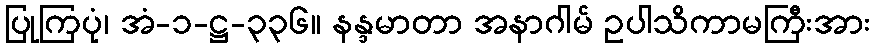
ပြုကြပုံ၊ အံ-၁-ဋ္ဌ-၃၃၆။ နန္ဒမာတာ အနာဂါမ် ဥပါသိကာမကြီးအား